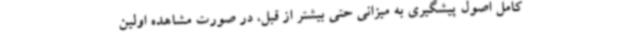
کامل اصول پیشگیری به میزانی حتی بیشتر از قبل، در صورت مشاهده اولین